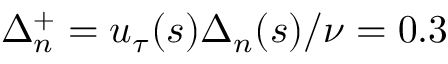
\Delta _ { n } ^ { + } = u _ { \tau } ( s ) \Delta _ { n } ( s ) / \nu = 0 . 3